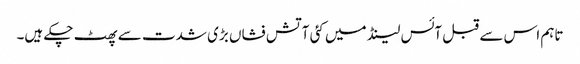
تاہم اس سے قبل آئس لینڈ میں کئی آتش فشاں بڑی شدت سے پھٹ چکے ہیں۔